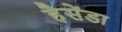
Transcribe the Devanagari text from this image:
हैसेंडा